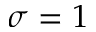
\sigma = 1